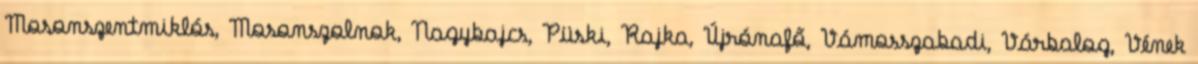
Mosonszentmiklós, Mosonszolnok, Nagybajcs, Püski, Rajka, Újrónafő, Vámosszabadi, Várbalog, Vének